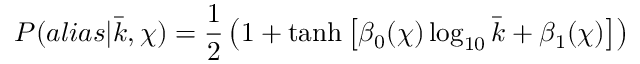
P ( a l i a s | \bar { k } , \chi ) = \frac { 1 } { 2 } \left( 1 + \operatorname { t a n h } \left[ \beta _ { 0 } ( \chi ) \log _ { 1 0 } \bar { k } + \beta _ { 1 } ( \chi ) \right] \right)